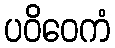
ပဝိဝေကံ